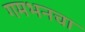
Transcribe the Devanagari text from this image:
गमभनचा